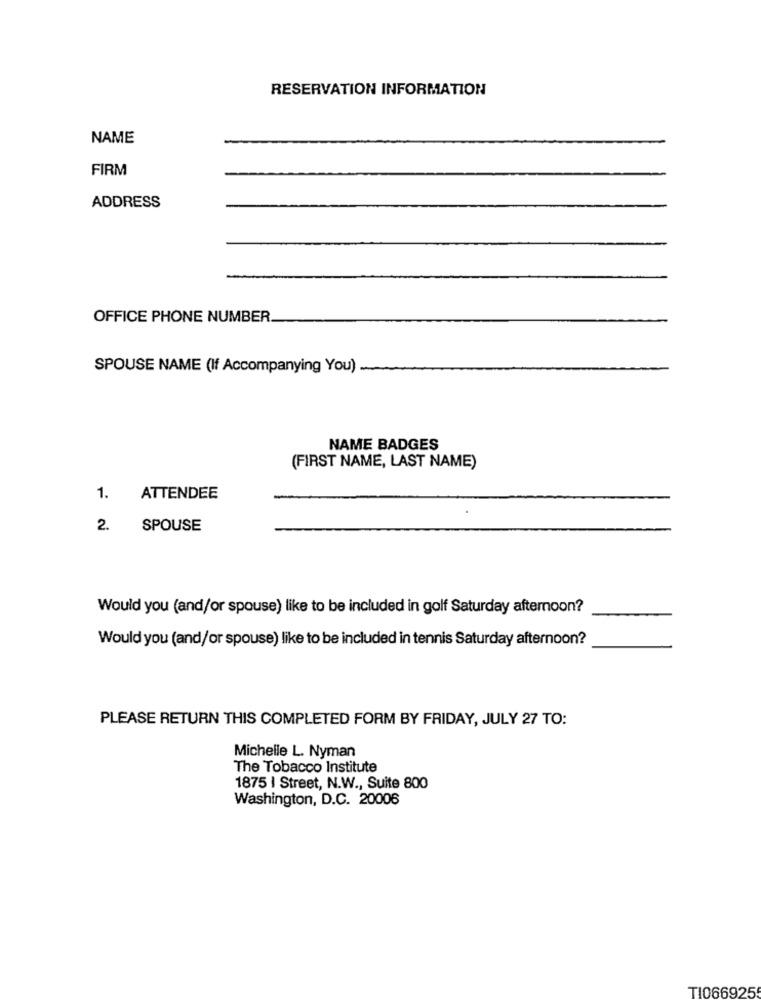
RESERVATION INFORMATION
NAME
FIRM
ADDRESS
OFFICE PHONE NUMBER.
SPOUSE NAME (If Accompanying You)
NAME BADGES
(FIRST NAME, LAST NAME)
1.
ATTENDEE
2.
SPOUSE
Would you (and/or spouse) like to be included in golf Saturday afternoon?
Would you (and/or spouse) like to be included in tennis Saturday afternoon?
PLEASE RETURN THIS COMPLETED FORM BY FRIDAY, JULY 27 TO:
Michelle L. Nyman
The Tobacco Institute
1875 | Street, N.W ., Suite 800
Washington, D.C. 20006
TI066925